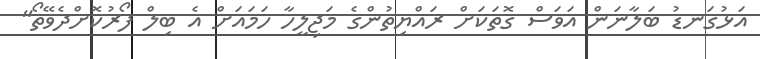
އަޅުގަނޑު ބަލާނަން އަވަސް ގޮތަކަށް ރައްޔިތުންގެ މަޖިލީހާ ހަމައަށް އެ ބިލް ފޯރުކޮށްދެވޭތޯ"